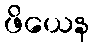
ဖိယေန